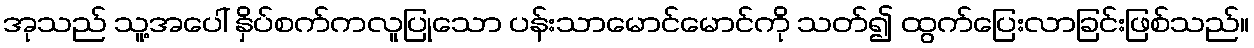
အုသည် သူ့အပေါ် နှိပ်စက်ကလူပြုသော ပန်းသာမောင်မောင်ကို သတ်၍ ထွက်ပြေးလာခြင်းဖြစ်သည်။